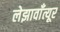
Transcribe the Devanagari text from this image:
लेझावाँत्यूर